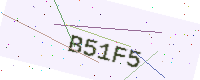
Text: B51F5